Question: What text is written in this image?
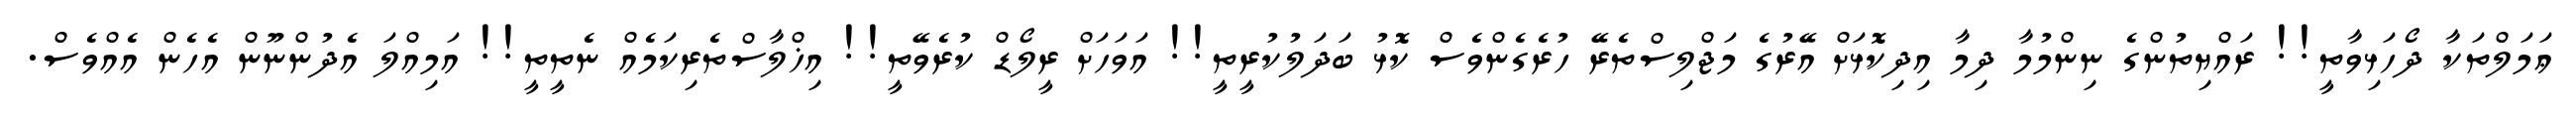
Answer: ޢަމަލްތަކާ ދޯހަޅިވާތީ!! ރައްޔިތުންގެ ނިންމުމާ ދިމާ އިދިކޮޅަށް އޭރުގެ މަޖްލިސްތެރޭ ހުރެގެންވެސް ކޮޅު ބަދަލުކުރީތީ!! އަވަހަށް ރީލޯޑް ކުރެވޭތީ!! އިޚްލާސްތެރިކަމެއް ނެތީތީ!! އަމިއްލަ އެދުންނޫން އެހެން އެއްވެސް.